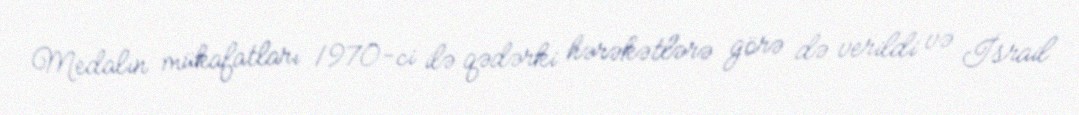
Medalın mükafatları 1970-ci ilə qədərki hərəkətlərə görə də verildi və İsrail